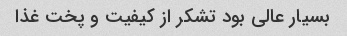
بسیار عالی بود تشکر از کیفیت و پخت غذا